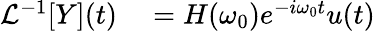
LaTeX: \begin{array}{r}{\begin{array}{rl}{\mathcal{L}^{-1}[Y](t)}&{{}=H(\omega_{0})e^{-i\omega_{0}t}u(t)}\end{array}}\end{array}